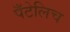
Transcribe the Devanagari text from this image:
पँटेलिच